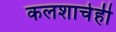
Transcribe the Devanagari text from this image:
कलशाचेही